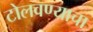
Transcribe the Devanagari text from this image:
टोलवण्याचा